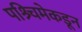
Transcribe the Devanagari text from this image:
पश्र्चिमेकडून